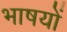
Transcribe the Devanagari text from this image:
भाषयों